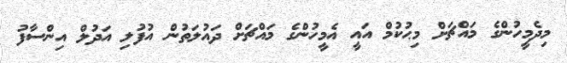
މިދެމީހުންގެ މައްޗަށް މިޙުކުމް އައީ އެމީހުންގެ މައްޗަށް ދައުލަތުން އުފުލި އަދުލް އިންސާފު